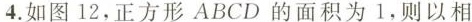
4.如图12，正方形ABCD的面积为1，则以相